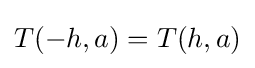
T(-h,a)=T(h,a)